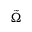
\tilde { \Omega }